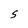
Character: S